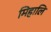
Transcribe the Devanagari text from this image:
मिहालि